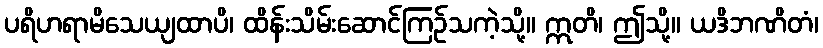
ပရိဟရာမိသေယျထာပိ၊ ထိန်းသိမ်းဆောင်ကြဉ်သကဲ့သို့။ ဣတိ၊ ဤသို့။ ယဒိဘဏိတံ၊